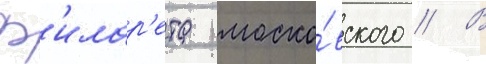
ф'илар'ета моско́вского // В